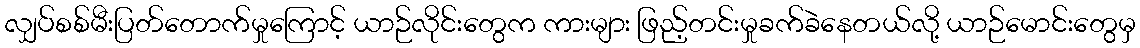
လျှပ်စစ်မီးပြတ်တောက်မှုကြောင့် ယာဉ်လိုင်းတွေက ကားများ ဖြည့်တင်းမှုခက်ခဲနေတယ်လို့ ယာဉ်မောင်းတွေမှ